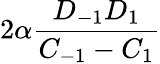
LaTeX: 2\alpha\frac{D_{-1}D_{1}}{C_{-1}-C_{1}}